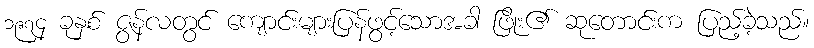
၁၉၇၄ ခုနှစ် ဇွန်လတွင် ကျောင်းများပြန်ဖွင့်သောအခါ ဖြိုး၏ ဆုတောင်းက ပြည့်ခဲ့သည်။